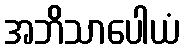
အဘိသာပေါယံ